Vaccination in the Punjab 1919-1929 - 1919-1929
Year: 1919
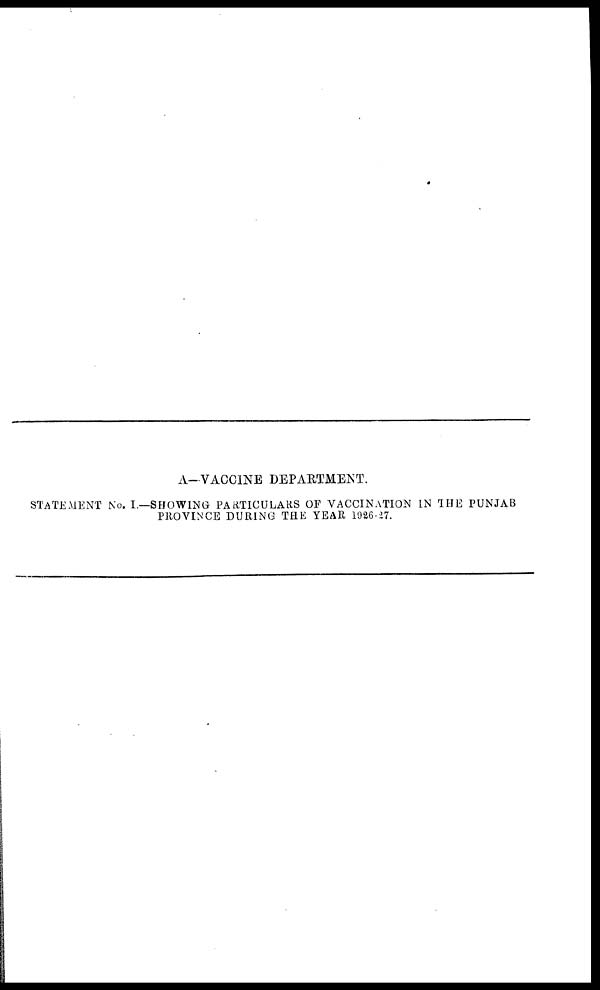
A-VACCINE DEPARTMENT.
STATEMENT No. I.—SHOWING PARTICULARS OF VACCINATION IN THE PUNJAB
PROVINCE DURING THE YEAR 1926-27.